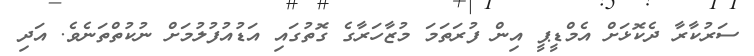
ސަރުކާރާ ދެކޮޅަށް އެމްޑީޕީ އިން ފުރަތަމަ މުޒާހަރާގެ ގޮތުގައި އަޑުއުފުލުމަށް ނުކުތްތަނެވެ. އަދި